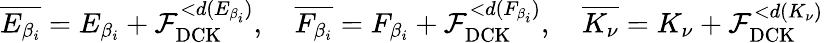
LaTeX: \overline{{E_{\beta_{i}}}}=E_{\beta_{i}}+\mathcal{F}_{\mathrm{DCK}}^{<d(E_{\beta_{i}})},\quad\overline{{F_{\beta_{i}}}}=F_{\beta_{i}}+\mathcal{F}_{\mathrm{DCK}}^{<d(F_{\beta_{i}})},\quad\overline{{K_{\nu}}}=K_{\nu}+\mathcal{F}_{\mathrm{DCK}}^{<d(K_{\nu})}